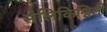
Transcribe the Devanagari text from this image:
मेलिकिश्विली